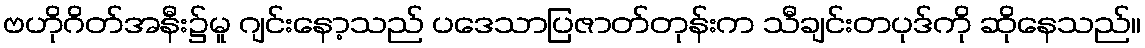
ဗဟိုဂိတ်အနီး၌မူ ဂျင်းနော့သည် ပဒေသာပြဇာတ်တုန်းက သီချင်းတပုဒ်ကို ဆိုနေသည်။